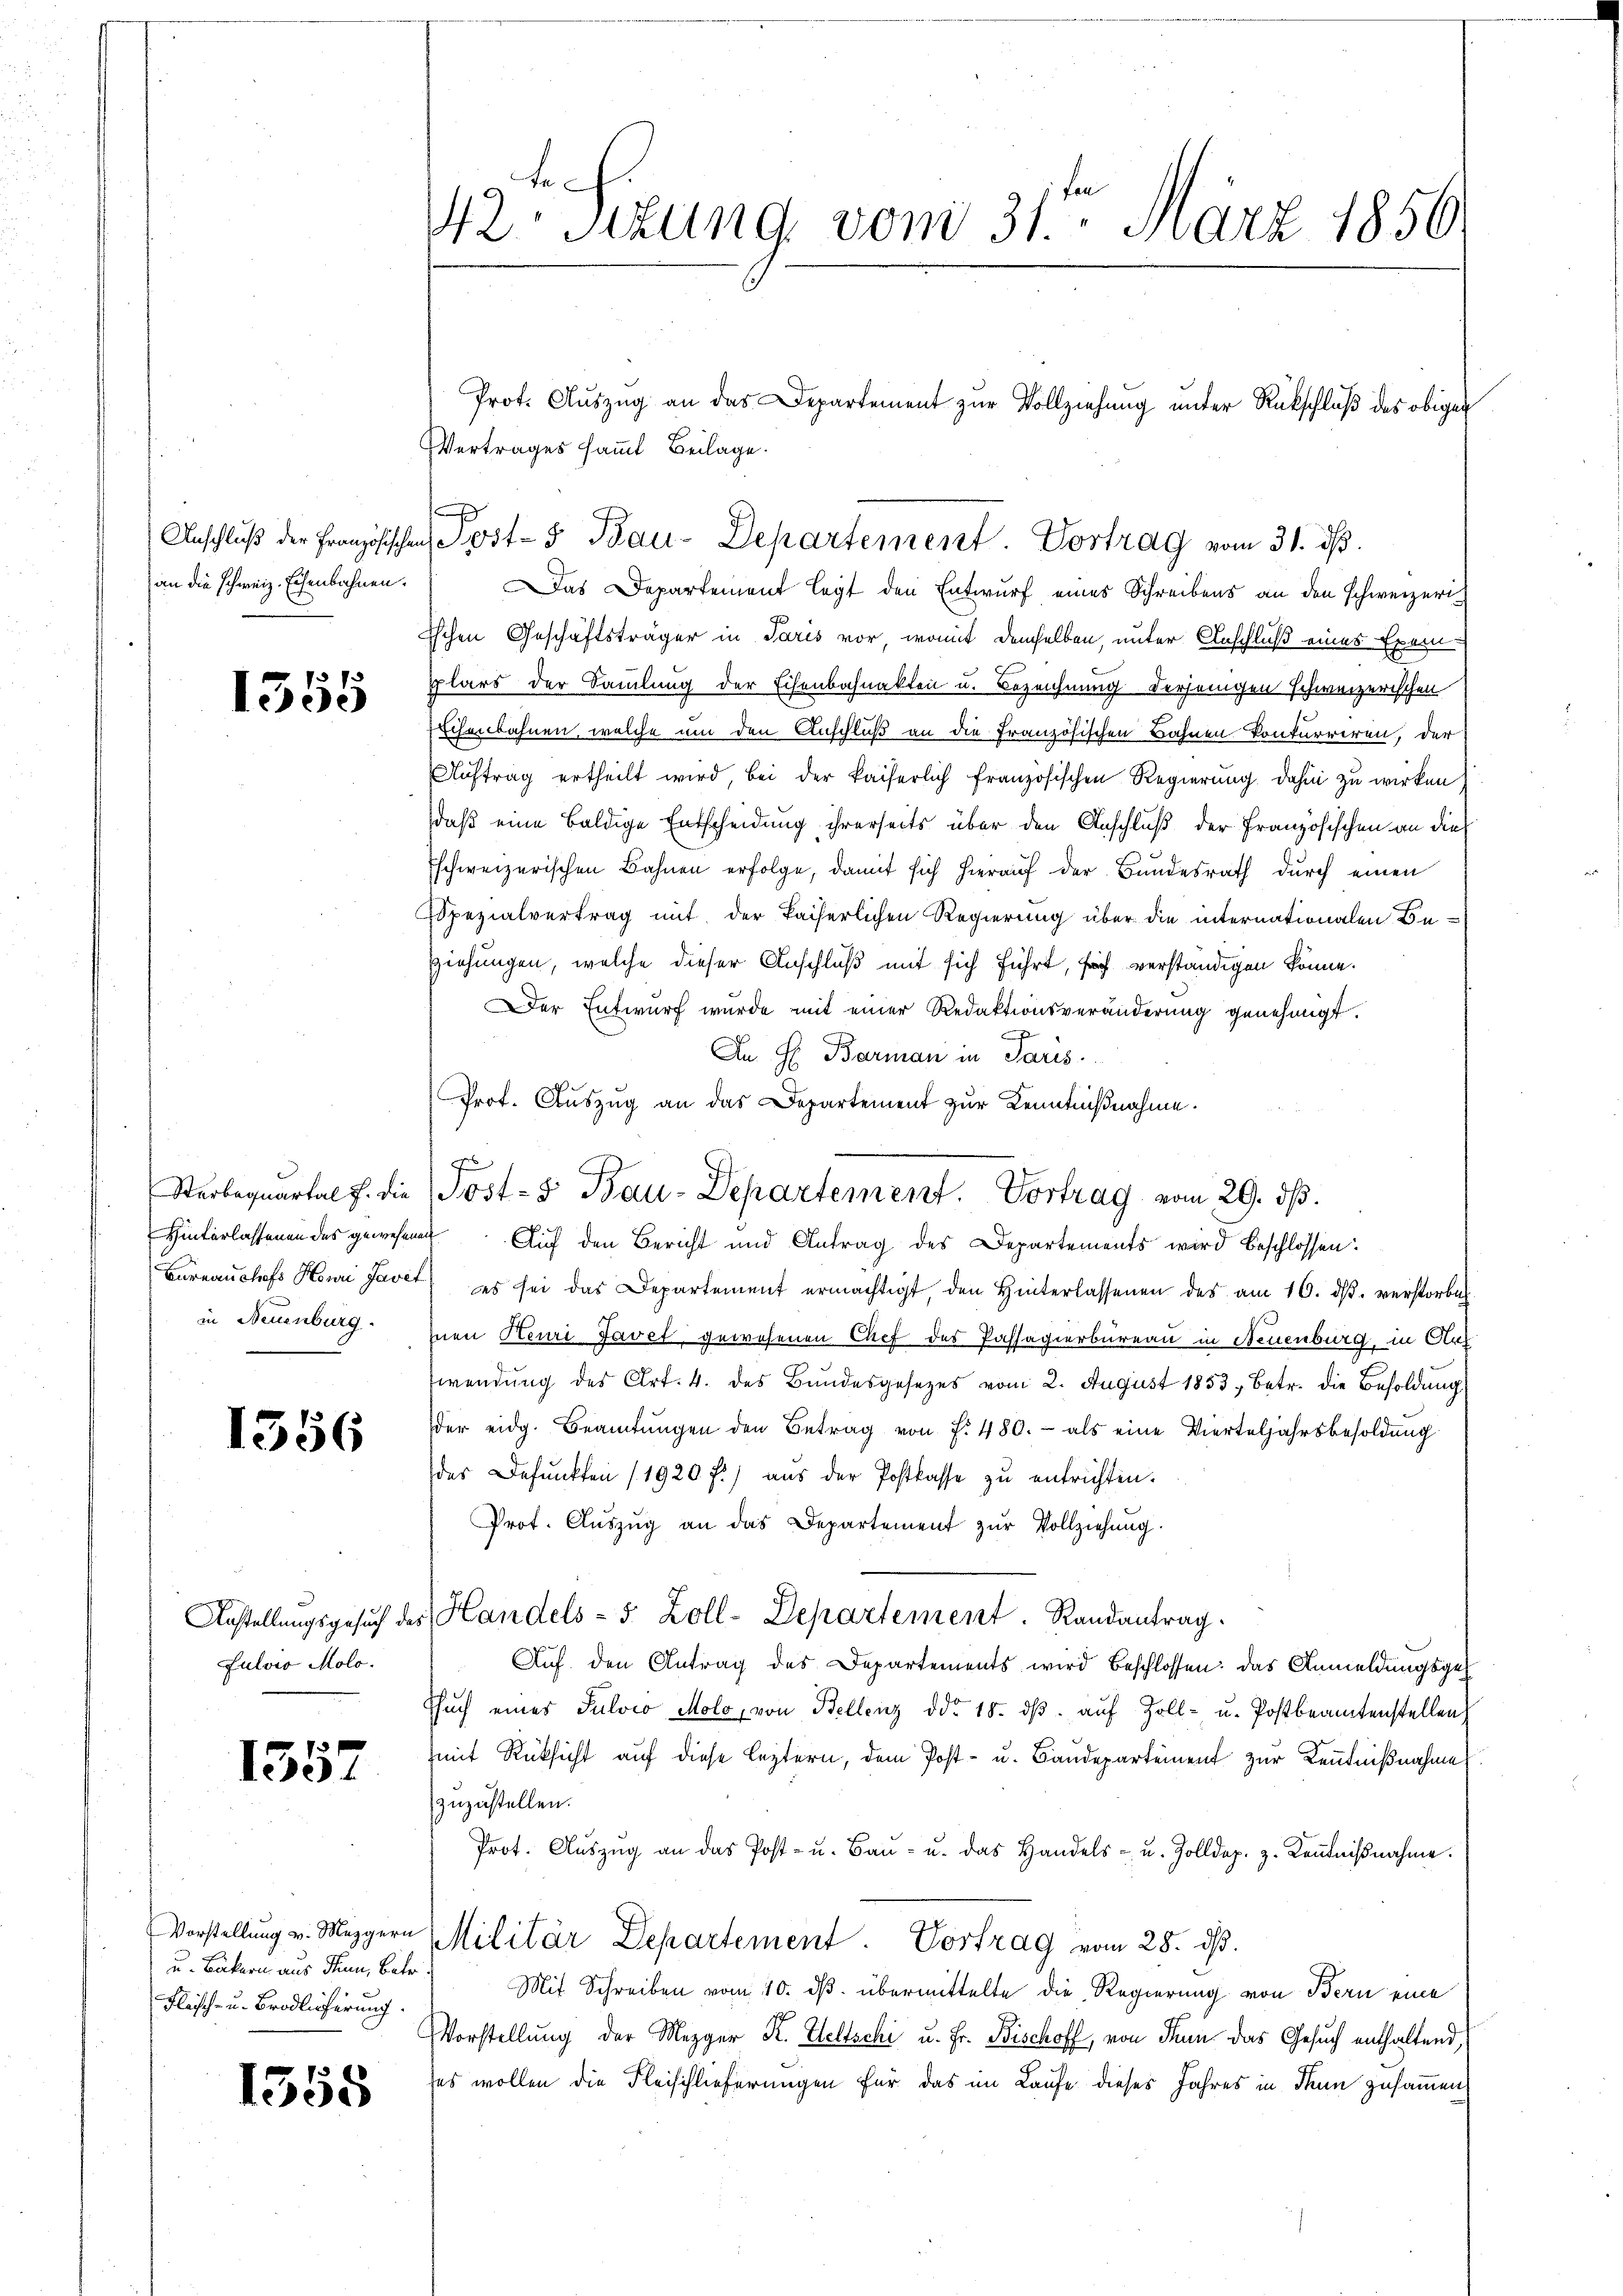
an die Schweiz. Eisenbahnen.

373
1300

Sterbaquartal f. die
Hinterlassenen des gewesenen

1356

Fulver Molo.

1357

zu

u. Backern aus denn, betr.
Fleisch- u. Brodlicherung.

1358

Vertrages sammt Beilage.
Das Departement legt den Entwurf eines Schreibens an den schweizeriischen Geschäftsträger in Paris vor, womit demselben, unter Anschluß eines Exem
plars der Sammlung der Eisenbahnakten u. Bezeichnung derjenigen schweizerischen
Eichenbahnen, welche um den Anschluß an die Französischen Bahnen konkurriren, der
Auftrag ertheilt wird, bei der kaiserlich französischen Regierung dahin zu wirken)
daß eine baldige Entscheidung ihrerseits über den Anschluß der Französischen an die
Eschweizerischen Bahnen erfolge, damit sich hierauf der Bundesrath durch einen
Spezialvertrag mit der kaiserlichen Regierung über die internationalen Be¬
Ziehungen, welche dieser Anschluß mit sich führt, früh verständigen könne.
Der Entwurf wurde mit einer Redaktionsveränderung genehmigt.
An H. Barman in Paris.
Prof. Auszug an das Departement zur Kenntnißnahme.
Büreaŭchefs Henri Javet es sei das Departement ermächtigt, den Hinterlassenen des am 16. dβ. verstorbeh
in Neuenburg. Inen Heuri Javet gewesenen Chef des Passagierbureau in Neuenburg, in Art
wendung des Art. 4. des Bundesgesetzes vom 2. August 1853 betr. die Besoldŭng
der eidg. Beamtŭngen den Betrag von f. 480.- als eine Vierteljahrsbesoldŭng
des Befunkten (1920 f.) aŭs der Postkasse zŭ entrichten.
Prof. Aŭszŭg an das Departement zŭr Vollziehung.
Anstellungsgesŭch des Handels- 5 Zoll-Departement. Randantrag.
Auf den Antrag des Departements wird beschlossen: das Anmeldungsge¬
Thŭch eines Pulvio Molo, von Bellenz ddo. 18. dβ aŭf Zoll- u. Postbeamtenstellen
mit Rüksicht auf diese leztern, dem Post- u. Baudepartement zur Kenntnißnahme
zuzustellen.
Prot. Aŭszŭg an das Post- u. Baŭ- u. das Handels- u. Zolldep. z. Keṅtniβnahme.
Vorstellŭng v. Mezgern Militär Departement. Vortrag vom 28. dβ.
Mit Schreiben vom 10. ds. übermittelte die Regierung von Bern eine
Vorstellung der Mezger K. Weltschi u. Fr. Bischoff, von Senn das Gesuch enthaltend,
ses wollen die Fleischlieferungen für das im Laufe dieses Jahres in Thun zusammen

42 Sizung vom 31ten März 1856

Anschlŭβ der Französischen Post- 5 Bau-Departement. Vortrag vom 31. dβ.

Prot. Auszug an das Departement zur Vollziehung unter Rückschluß des obigen

Josts Bau-Departement. Vortrag vom 29. ds.
Auf den Bericht und Antrag des Departements wird beschlossen: